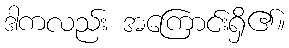
ဒါကလည်း အကြောင်းရှိ၏။